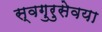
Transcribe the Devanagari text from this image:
स्वगुरुसेवया